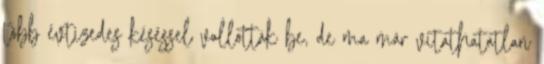
több évtizedes késéssel vallották be, de ma már vitathatatlan